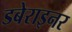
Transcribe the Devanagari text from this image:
डबेराइनर